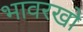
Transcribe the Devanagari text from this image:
भावरखो